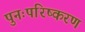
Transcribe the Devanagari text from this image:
पुनःपरिष्करण